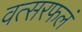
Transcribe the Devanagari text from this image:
वत्सरफलं